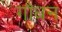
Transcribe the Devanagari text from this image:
गौधन